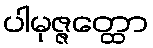
ပါမုဇ္ဇတ္ထော